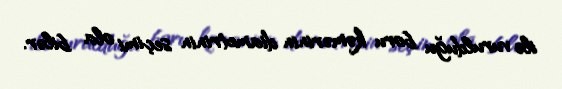
ilə vurulduğu boru kəmərinin diametrinin seçimi ola bilər.